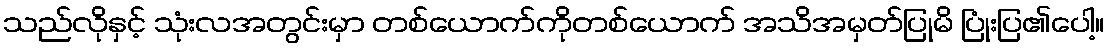
သည်လိုနှင့် သုံးလအတွင်းမှာ တစ်ယောက်ကိုတစ်ယောက် အသိအမှတ်ပြုမိ ပြုံးပြ၏ပေါ့။